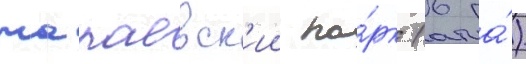
чапаевск'ии па́рк (6 га́)